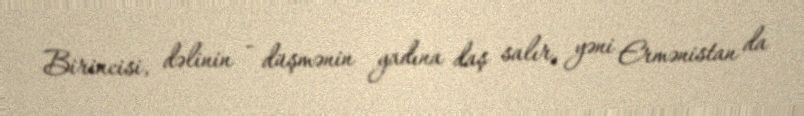
Birincisi, dəlinin - düşmənin yadına daş salır, yəni Ermənistan da